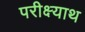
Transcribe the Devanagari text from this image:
परीक्ष्याथ